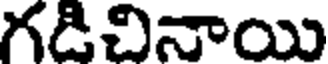
గడిచినాయి